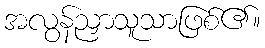
အလွန်ညှာသူသာဖြစ်၏။